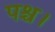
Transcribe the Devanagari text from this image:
पश्च।